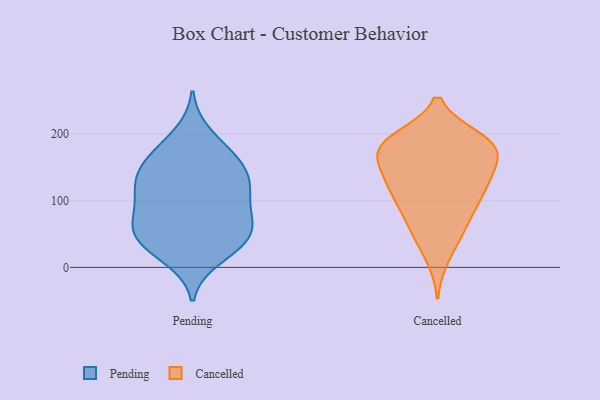
{"axis": {"x": "Inventory Turnover", "y": "Value"}, "legend": ["Cancelled", "Pending"], "data": [{"x": "", "y": 14, "type": "Pending"}, {"x": "", "y": 35, "type": "Pending"}, {"x": "", "y": 67, "type": "Pending"}, {"x": "", "y": 53, "type": "Pending"}, {"x": "", "y": 200, "type": "Pending"}, {"x": "", "y": 95, "type": "Pending"}, {"x": "", "y": 132, "type": "Pending"}, {"x": "", "y": 174, "type": "Pending"}, {"x": "", "y": 65, "type": "Pending"}, {"x": "", "y": 43, "type": "Pending"}, {"x": "", "y": 128, "type": "Pending"}, {"x": "", "y": 75, "type": "Pending"}, {"x": "", "y": 25, "type": "Pending"}, {"x": "", "y": 158, "type": "Pending"}, {"x": "", "y": 149, "type": "Pending"}, {"x": "", "y": 106, "type": "Pending"}, {"x": "", "y": 115, "type": "Pending"}, {"x": "", "y": 50, "type": "Pending"}, {"x": "", "y": 167, "type": "Pending"}, {"x": "", "y": 126, "type": "Pending"}, {"x": "", "y": 71, "type": "Cancelled"}, {"x": "", "y": 188, "type": "Cancelled"}, {"x": "", "y": 55, "type": "Cancelled"}, {"x": "", "y": 171, "type": "Cancelled"}, {"x": "", "y": 121, "type": "Cancelled"}, {"x": "", "y": 140, "type": "Cancelled"}, {"x": "", "y": 90, "type": "Cancelled"}, {"x": "", "y": 142, "type": "Cancelled"}, {"x": "", "y": 187, "type": "Cancelled"}, {"x": "", "y": 16, "type": "Cancelled"}, {"x": "", "y": 154, "type": "Cancelled"}, {"x": "", "y": 167, "type": "Cancelled"}, {"x": "", "y": 179, "type": "Cancelled"}, {"x": "", "y": 51, "type": "Cancelled"}, {"x": "", "y": 109, "type": "Cancelled"}, {"x": "", "y": 188, "type": "Cancelled"}, {"x": "", "y": 192, "type": "Cancelled"}, {"x": "", "y": 115, "type": "Cancelled"}, {"x": "", "y": 187, "type": "Cancelled"}, {"x": "", "y": 111, "type": "Cancelled"}]}